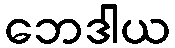
ဘေဒါယ